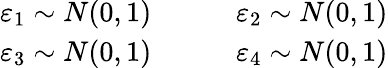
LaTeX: \begin{array}{cc}{\varepsilon_{1}\sim N(0,1)\qquad}&{\varepsilon_{2}\sim N(0,1)}\\ {\varepsilon_{3}\sim N(0,1)\qquad}&{\varepsilon_{4}\sim N(0,1)}\end{array}